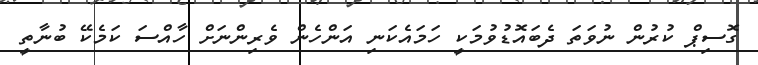
ގޮސިޕް ކުރުން ނުވަތަ ދެބައޮޑުވުމަކީ ހަމައެކަނި އަންހެން ވެރިންނަށް ހާއްސަ ކަމެކޭ ބުނާތީ